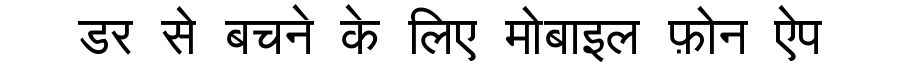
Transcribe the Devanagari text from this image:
डर से बचने के लिए मोबाइल फ़ोन ऐप